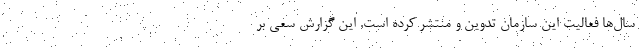
سال‌ها فعالیت این سازمان تدوین و منتشر کرده است. این گزارش سعی بر